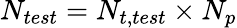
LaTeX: N_{test}=N_{t,test}\times N_{p}